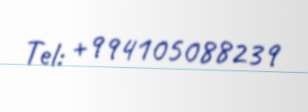
Tel: +994105088239